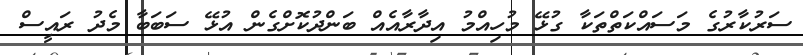
ސަރުކާރުގެ މަސައްކަތްތަކާ ގުޅޭ މުހިއްމު އިދާރާއެއް ބަންދުކޮށްގެން އުޅޭ ސަބަބާ މެދު ރައީސް